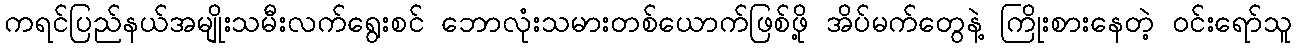
ကရင်ပြည်နယ်အမျိုးသမီးလက်ရွေးစင် ဘောလုံးသမားတစ်ယောက်ဖြစ်ဖို့ အိပ်မက်တွေနဲ့ ကြိုးစားနေတဲ့ ဝင်းရော်သူ